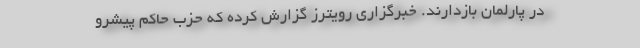
در پارلمان بازدارند. خبرگزاری رویترز گزارش کرده که حزب حاکم پیشرو